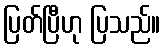
ပြတ်ပြီဟု ပြသည်။